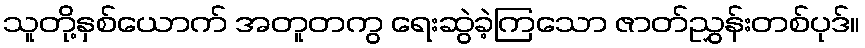
သူတို့နှစ်ယောက် အတူတကွ ရေးဆွဲခဲ့ကြသော ဇာတ်ညွှန်းတစ်ပုဒ်။